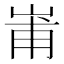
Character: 𭖢